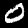
Label: 0